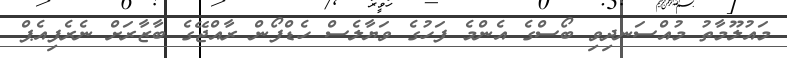
މައުލޫމާތު މުއްސަނދިވި ބޯސްގެ އެންމެ ފަހުގެ ވަޔާލެސް ހެޑްފޯން ރާއްޖޭގެ ބާޒާރަށް ނެރެފިއެޕް